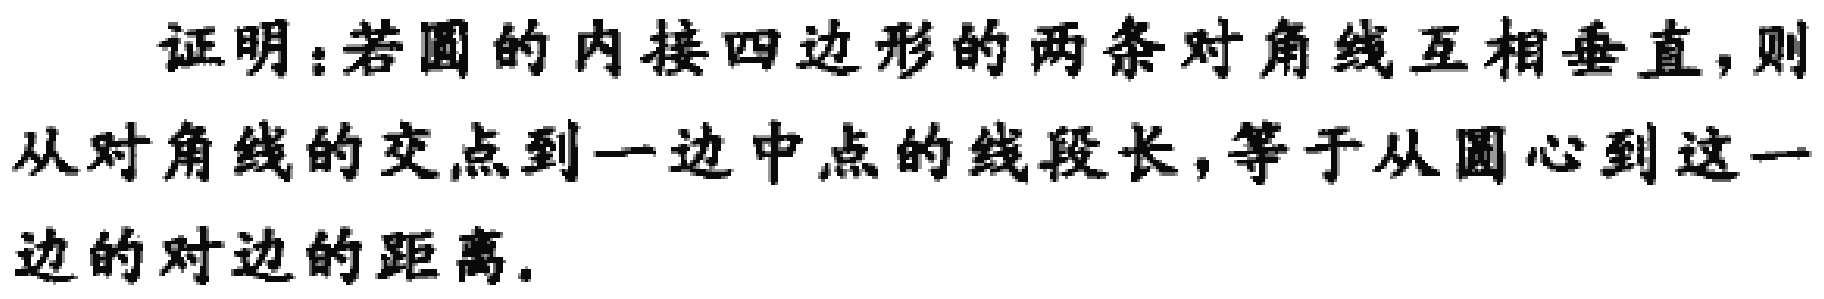
证明：若圆的内接四边形的两条对角线互相垂直，则从对角线的交点到一边中点的线段长，等于从圆心到这一边的对边的距离。